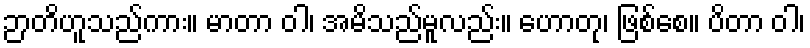
ဉာတိဟူသည်ကား။ မာတာ ဝါ၊ အမိသည်မူလည်း။ ဟောတု၊ ဖြစ်စေ။ ပိတာ ဝါ၊